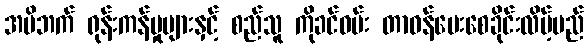
အမိဘက် ရုန်းကန်မှုများနှင့် စည်သူ ကိုခင်ဝမ်း တာဝန်ပေးစေခိုင်းလိမ့်မည်